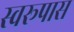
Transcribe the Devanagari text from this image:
स्वरूपास